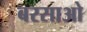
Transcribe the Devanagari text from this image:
बरसाओ